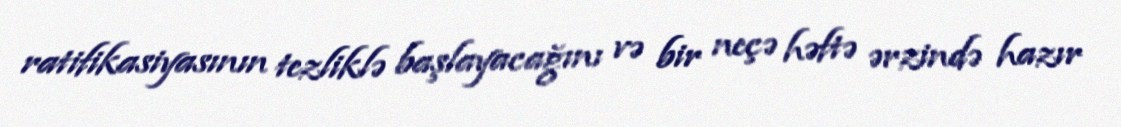
ratifikasiyasının tezliklə başlayacağını və bir neçə həftə ərzində hazır